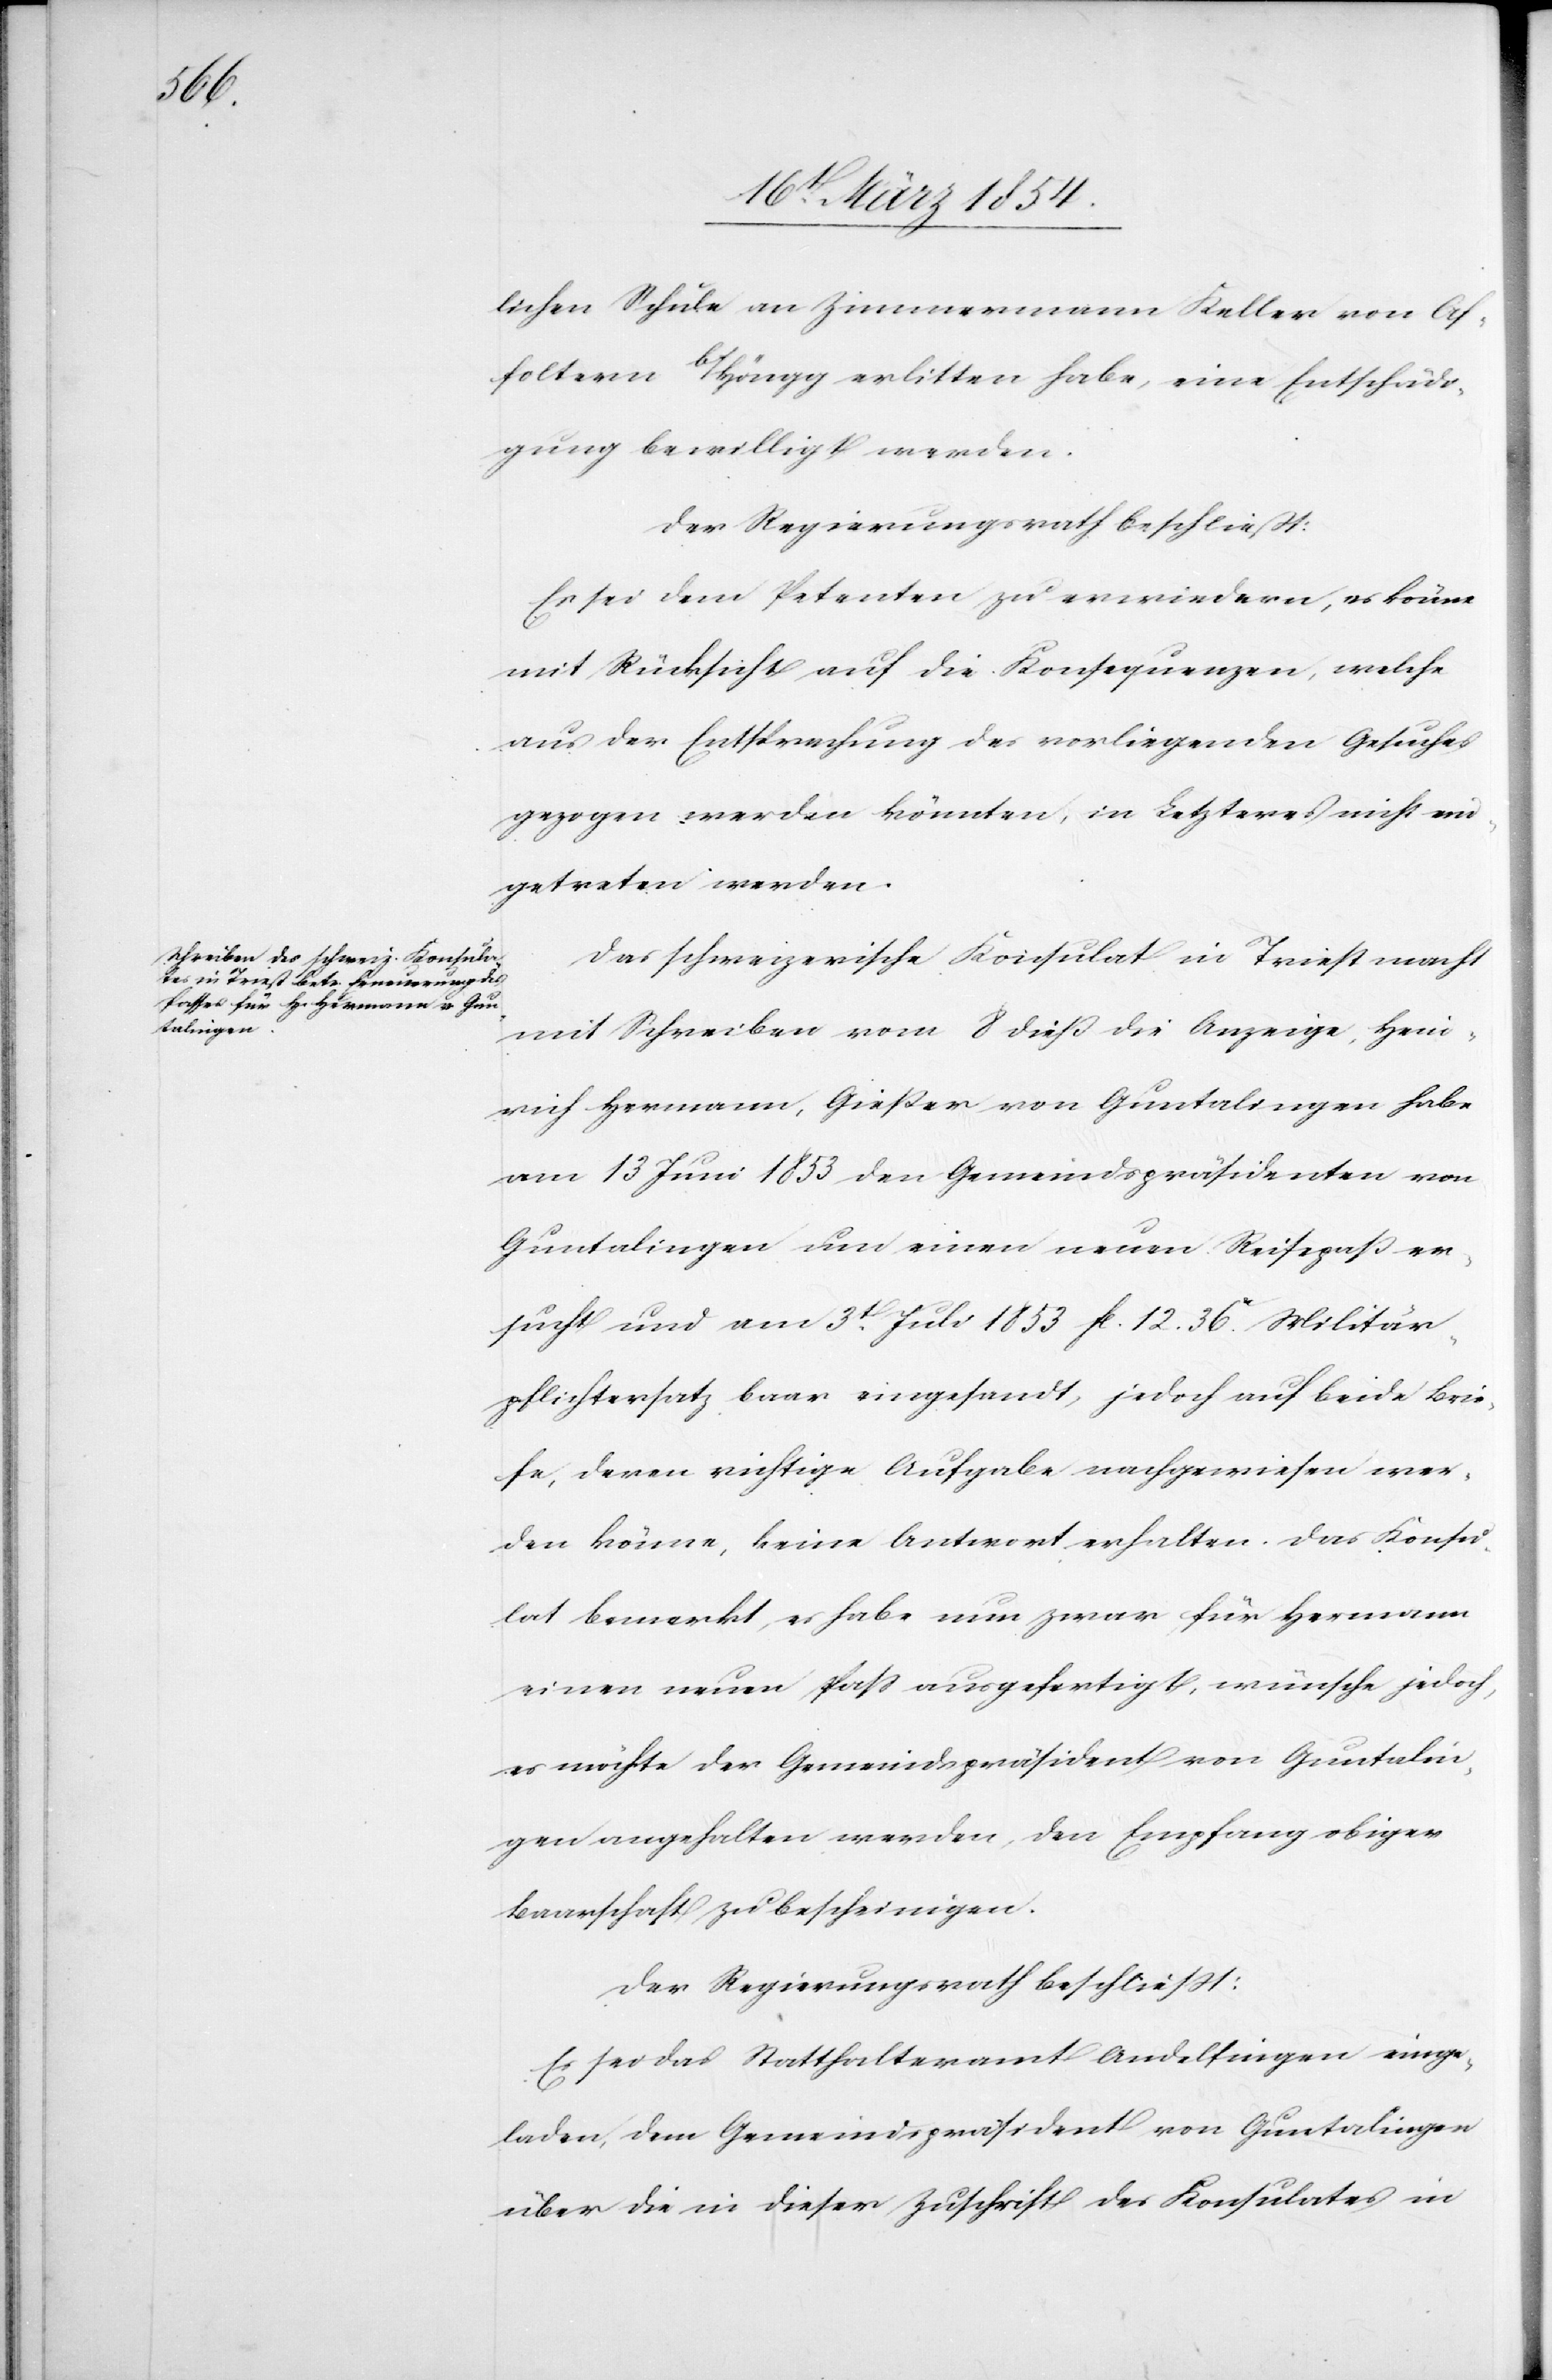
lichen Schule an Zimmermann Keller von Af¬
foltern b/Höngg erlitten habe, eine Entschädi¬
gung bewilligt werden.
Der Regierungsrath beschließt:
Es sei dem Petenten zu erwiedern, es könne
mit Rücksicht auf die Konsequenzen, welche
aus der Entsprechung des vorliegenden Gesuches
gezogen werden könnten, in Letzteres nicht ein¬
getreten werden.
Das schweizerische Konsulat in Triest macht
mit Schreiben vom 8 dieß die Anzeige, Hein¬
rich Herrmann, Gießer von Guntalingen habe
am 13 Juni 1853 den Gemeindspräsidenten von
Guntalingen um einen neuen Reisepass er¬
sucht und am 3t Juli 1853 Fc 12.36c Militär¬
pflichtersatz baar eingesandt, jedoch auf beide Brie¬
fe, deren richtige Aufgabe nachgewiesen wer¬
den könne, keine Antwort erhalten. Das Konsu¬
lat bemerkt, es habe nun zwar für Hermann
einen neuen Paß ausgefertigt, wünsche jedoch,
es möchte der Gemeindspräsident von Guntalin¬
gen angehalten werden, den Empfang obiger
Baarschaft zu bescheinigen.
Der Regierungsrath beschließt:
Es sei das Statthalteramt Andelfingen einge¬
laden, dem Gemeindspräsident von Guntalingen
über die in dieser Zuschrift des Konsulates in